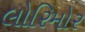
લોરિમોર